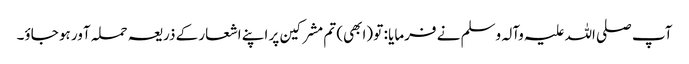
آپ صلی اللہ علیہ وآلہ وسلم نے فرمایا : تو (ابھی) تم مشرکین پر اپنے اشعار کے ذریعہ حملہ آور ہو جاؤ۔